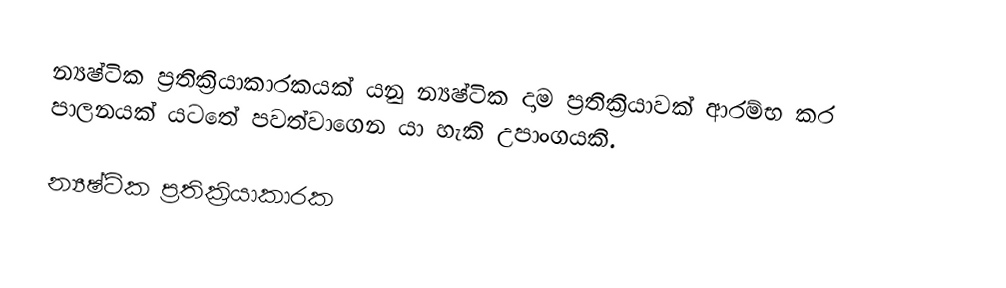
න්‍යෂ්ටික ප්‍රතික්‍රියාකාරකයක් යනු න්‍යෂ්ටික දාම ප්‍රතික්‍රියාවක් ආරම්භ කර පාලනයක් යටතේ පවත්වාගෙන යා හැකි උපාංගයකි.

න්‍යෂ්ටික ප්‍රතික්‍රියාකාරක